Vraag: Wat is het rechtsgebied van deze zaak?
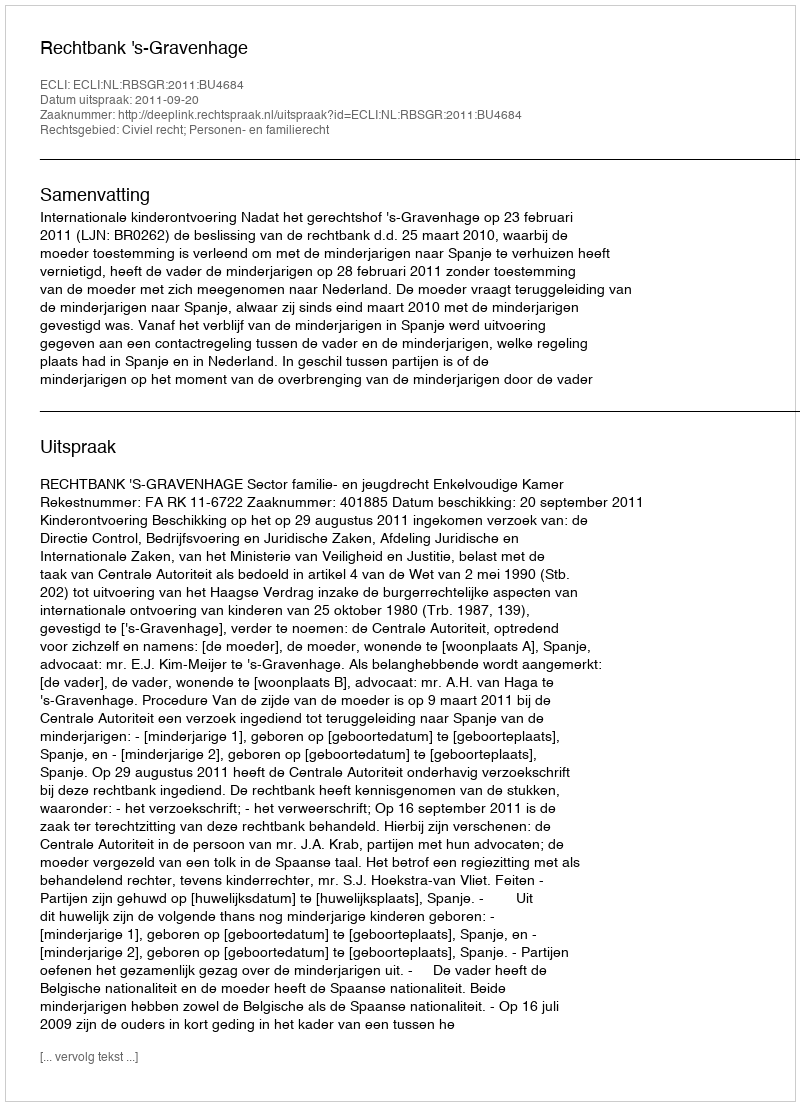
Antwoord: Civiel recht; Personen- en familierecht